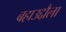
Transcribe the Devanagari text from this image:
बहाउद्दौला